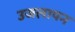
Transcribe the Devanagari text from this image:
उजलापन